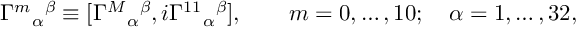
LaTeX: { \Gamma ^ { m } } _ { \alpha } { } ^ { \beta } \equiv [ { \Gamma ^ { M } } _ { \alpha } { } ^ { \beta } , i { \Gamma ^ { 1 1 } } _ { \alpha } { } ^ { \beta } ] , \qquad m = 0 , \dots , 1 0 ; \quad \alpha = 1 , \dots , 3 2 ,